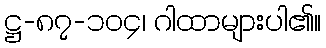
ဋ္ဌ-၈၇-၁၀၄၊ ဂါထာများပါ၏။